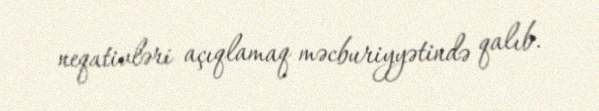
neqativləri açıqlamaq məcburiyyətində qalıb.